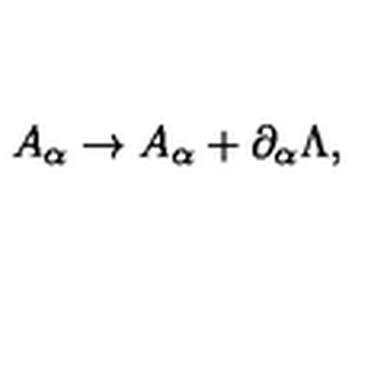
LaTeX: A _ { \alpha } \rightarrow A _ { \alpha } + \partial _ { \alpha } \Lambda ,